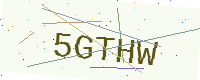
Text: 5GTHW